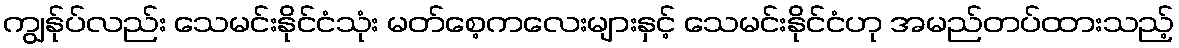
ကျွန်ုပ်လည်း သေမင်းနိုင်ငံသုံး မတ်စေ့ကလေးများနှင့် သေမင်းနိုင်ငံဟု အမည်တပ်ထားသည့်